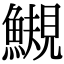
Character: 䲅